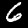
Label: 6